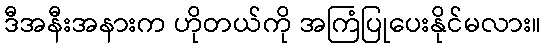
ဒီအနီးအနားက ဟိုတယ်ကို အကြံပြုပေးနိုင်မလား။